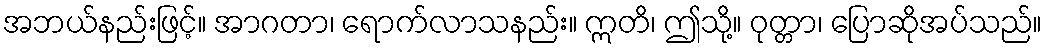
အဘယ်နည်းဖြင့်။ အာဂတာ၊ ရောက်လာသနည်း။ ဣတိ၊ ဤသို့။ ဝုတ္တာ၊ ပြောဆိုအပ်သည်။